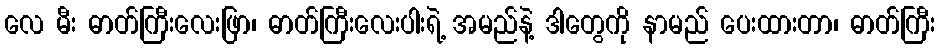
လေ မီး ဓာတ်ကြီးလေးဖြာ၊ ဓာတ်ကြီးလေးပါးရဲ့ အမည်နဲ့ ဒါတွေကို နာမည် ပေးထားတာ၊ ဓာတ်ကြီး